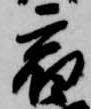
宿